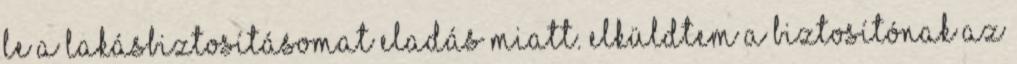
le a lakásbiztosításomat eladás miatt. Elküldtem a biztosítónak az